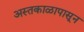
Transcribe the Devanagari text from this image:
अस्तकाळापासून